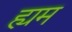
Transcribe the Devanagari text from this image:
ह्यम